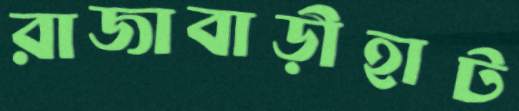
রাজাবাড়ীহাট